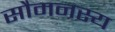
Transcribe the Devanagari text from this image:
सौमनस्य